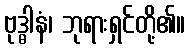
ဗုဒ္ဓါနံ၊ ဘုရားရှင်တို့၏။